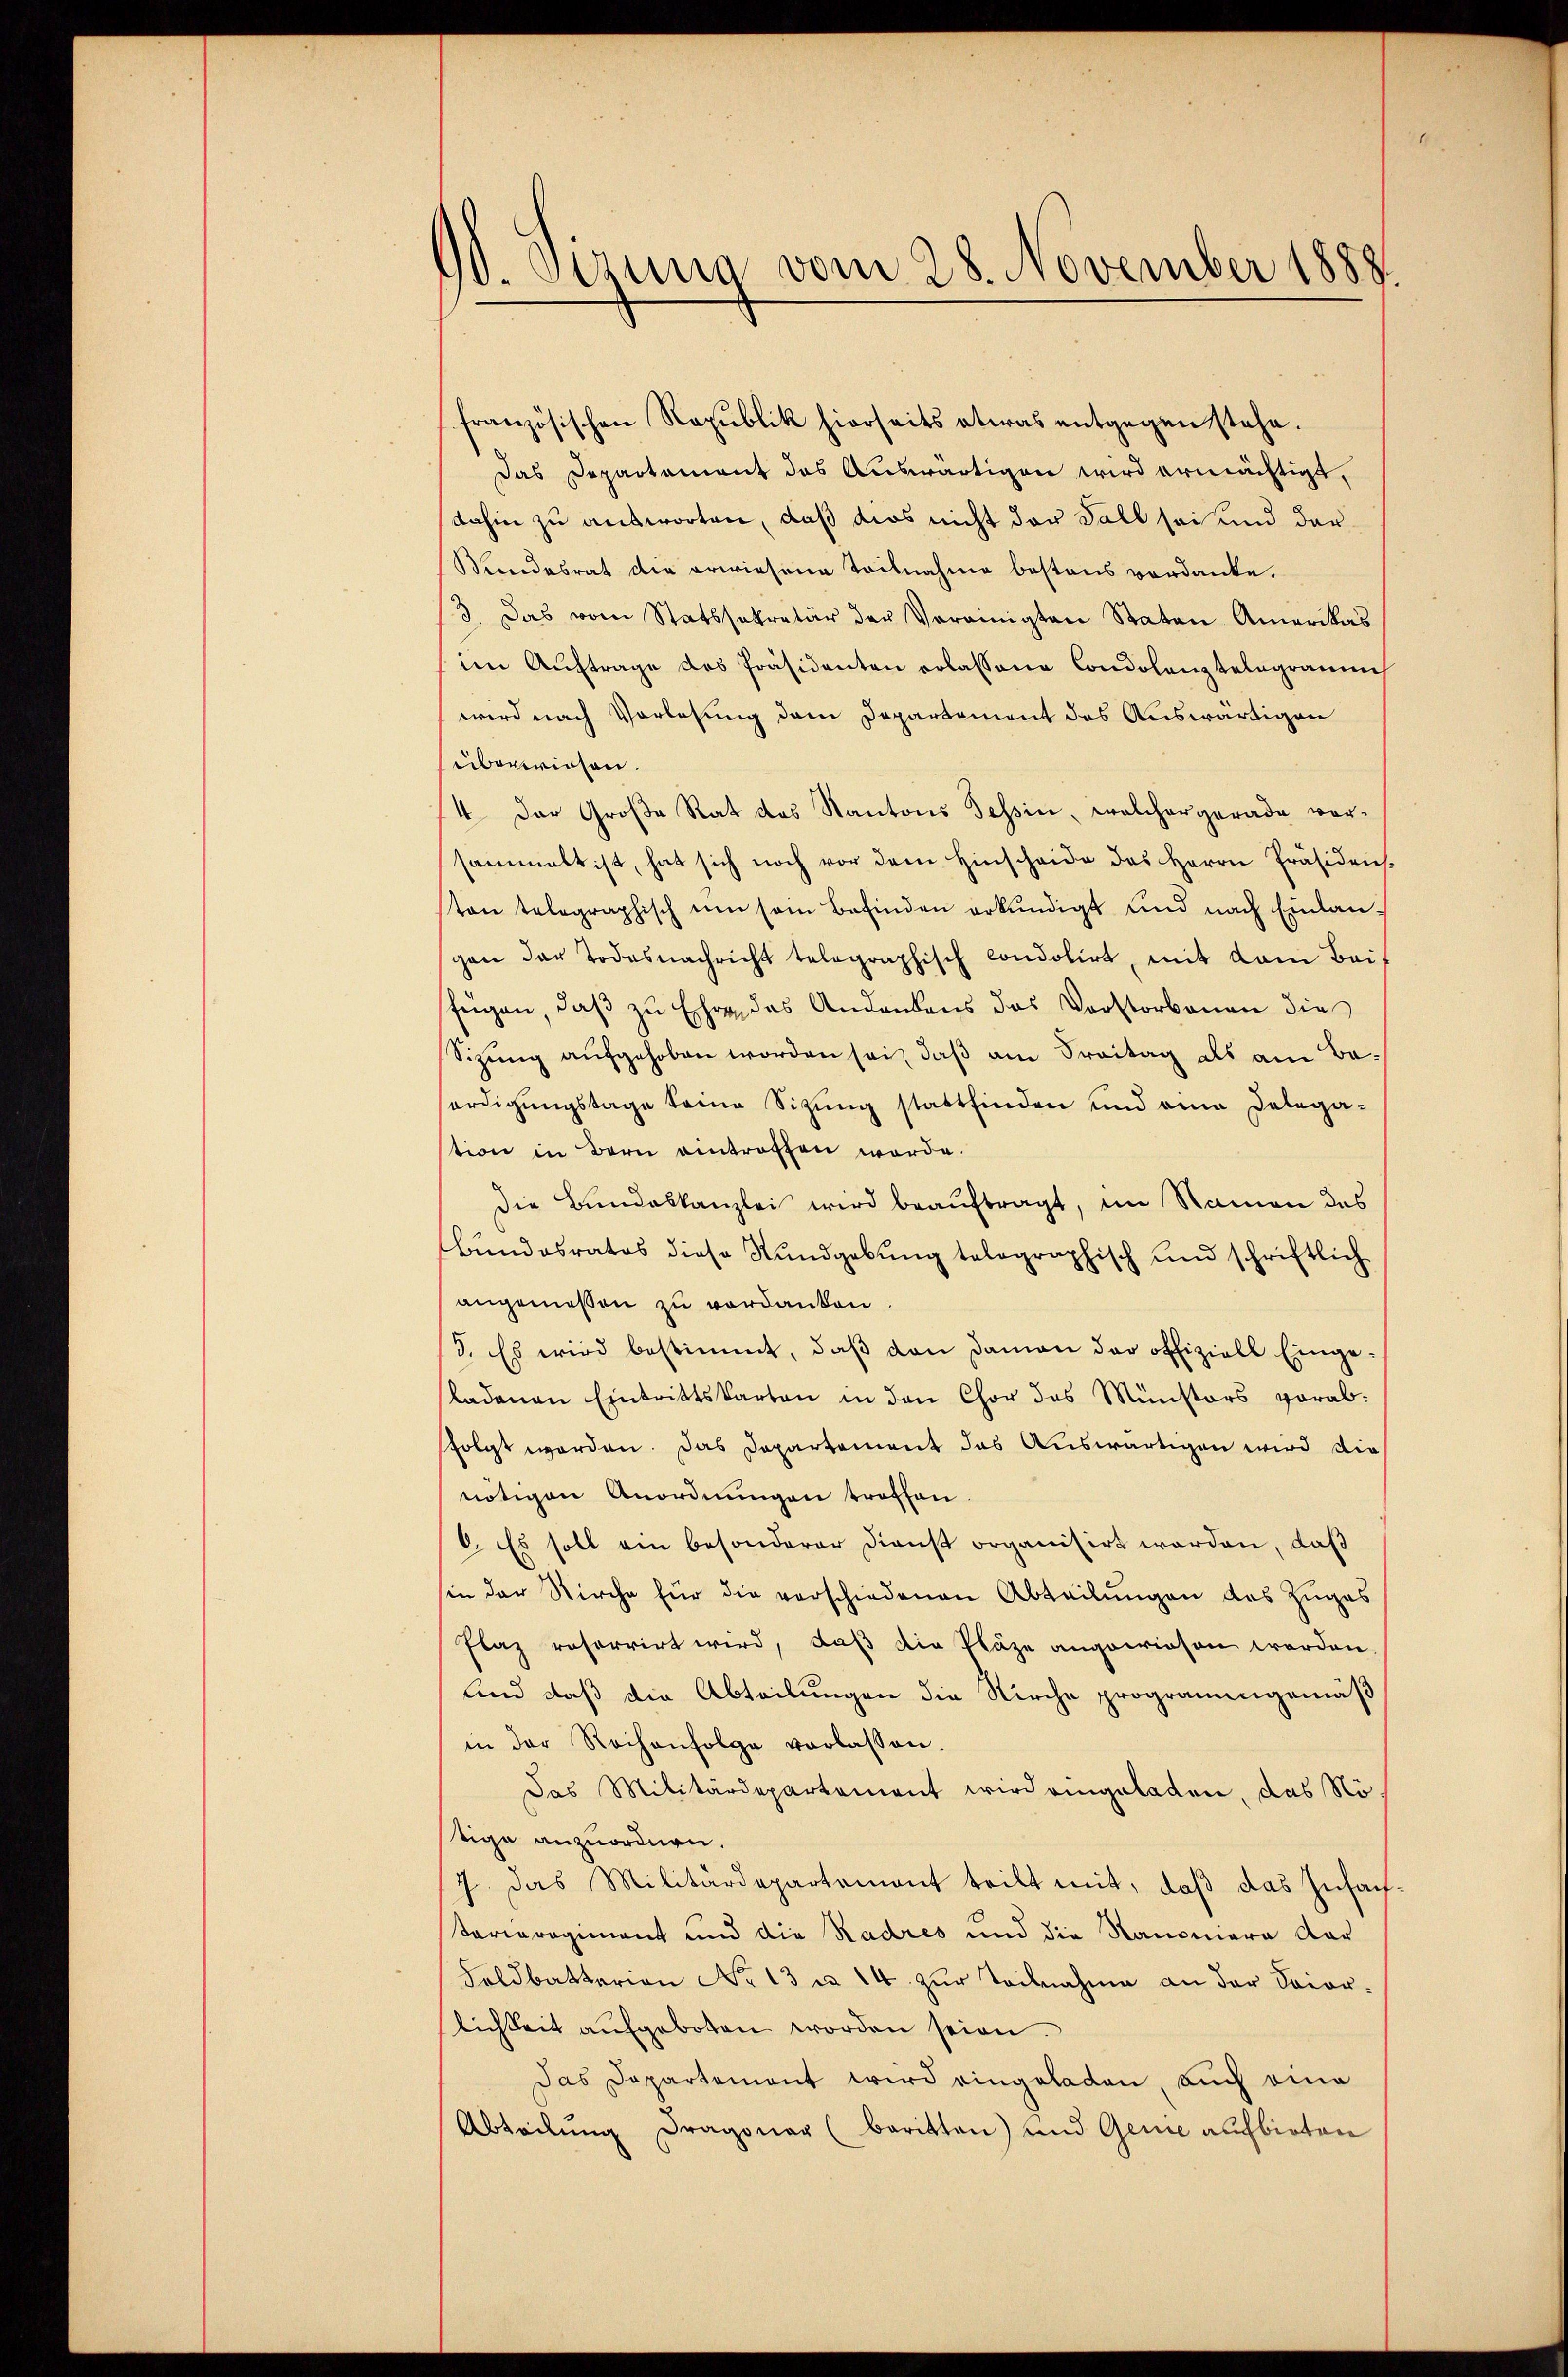
10. Sizung vom 28. November 1888.

französischen Republik hierseits etwas entgegen stehe.
Das Departement des Auswärtigen wird ermächtigt,
dahin zu antworten, daß dies nicht der Fall sei und der¬
Mindesrat die erwiesene Teilnahme bestens verdanke.
3. Das vom Statssekretär der Vereinigten Staten Amerikas
im Auftrage des Präsidenten erlassene Condolenztelegrammes
wird nach Vorlesung dem Departement des Auswärtigen
überwiesen.
4. Der Große Rat das Kantons Tessin, welcher gerade vor-
sammelt ist, hat sich noch vor dem Hinscheide des Herrn Präsidens.
ton telegraphisch um sein Befinden erkundigt und nach Einlangen der Todesnachricht telegraphisch condolirt, mit dem Bei-
fügen, daß zu Ehre, das Andankens das Vorstorbenen dies
Sizung aufgehoben worden sei, daß am Freitag als am Beürdigŭngstage keine Sitzŭng stattfinden und eine Delega-
tion in Bern eintroffen werde.
Die Bundeskanzlei wird beauftragt, im Namen des
Bundesratos diese Rundgebung telegraphisch und schriftlich
angemessen zu verdanken.
3. Es wird bestimmt, daβ den daman der offiziell Eingeladenen Eintrittskarten in den Chor des Münstors vorabfolgt worden. Das Departement das Auswärtigen wird die
nötigen Anordnŭngen troffen.
6. Es soll ein besonderer Dienst organisirt worden, daß
sin der Kirche für die verschiedenen Abteilungen des Zuges
Flaz reforrirt wird, daß die Pläze angewiesen werden
und daß die Abteilungen die Kirche programengemäß
in der Reihenfolge verlassen.
Das Militärdepartement wird eingeladen, das Nötige anzuordnen.
J. Das Militärdepartement teilt mit, daß das Zusach
arieregiment und die Kadres und die Nanoniere dar
Feldbatterion No 13 u. 14. zur Teilnahme an der Saiorlichkeit aŭfgeboten worden seien.
Das Departement wird eingeladen, auch eine
Abteilung Dragonar (baritten) und Genie aufbieten